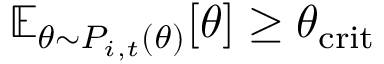
\mathbb { E } _ { \theta \sim P _ { i , t } ( \theta ) } [ \theta ] \geq \theta _ { \mathrm { c r i t } }